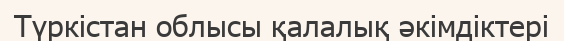
Түркістан облысы қалалық әкімдіктері